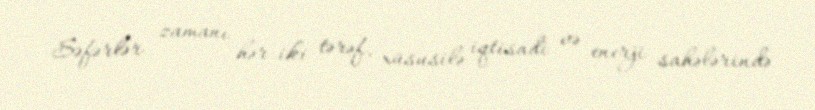
Səfərlər zamanı hər iki tərəf, xüsusilə iqtisadi və enerji sahələrində